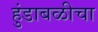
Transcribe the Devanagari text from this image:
हुंडाबळीचा